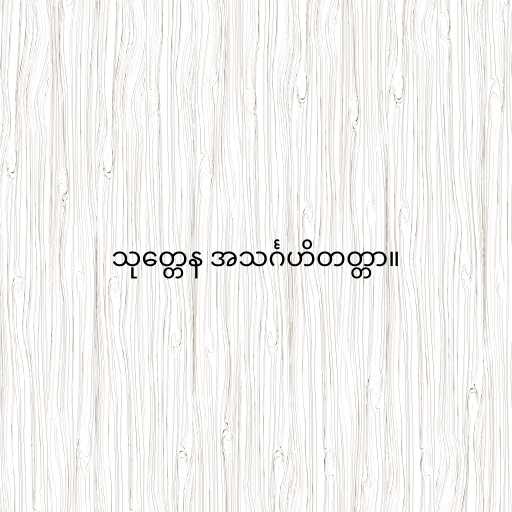
သုတ္တေန အသင်္ဂဟိတတ္တာ။